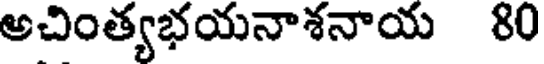
అచింత్యభయనాశనాయ 80